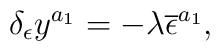
\delta _\epsilon y^{a_1}=-\lambda \overline{\epsilon }^{a_1},